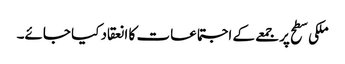
ملکی سطح پر جمعے کے اجتماعات کا انعقاد کیا جائے۔